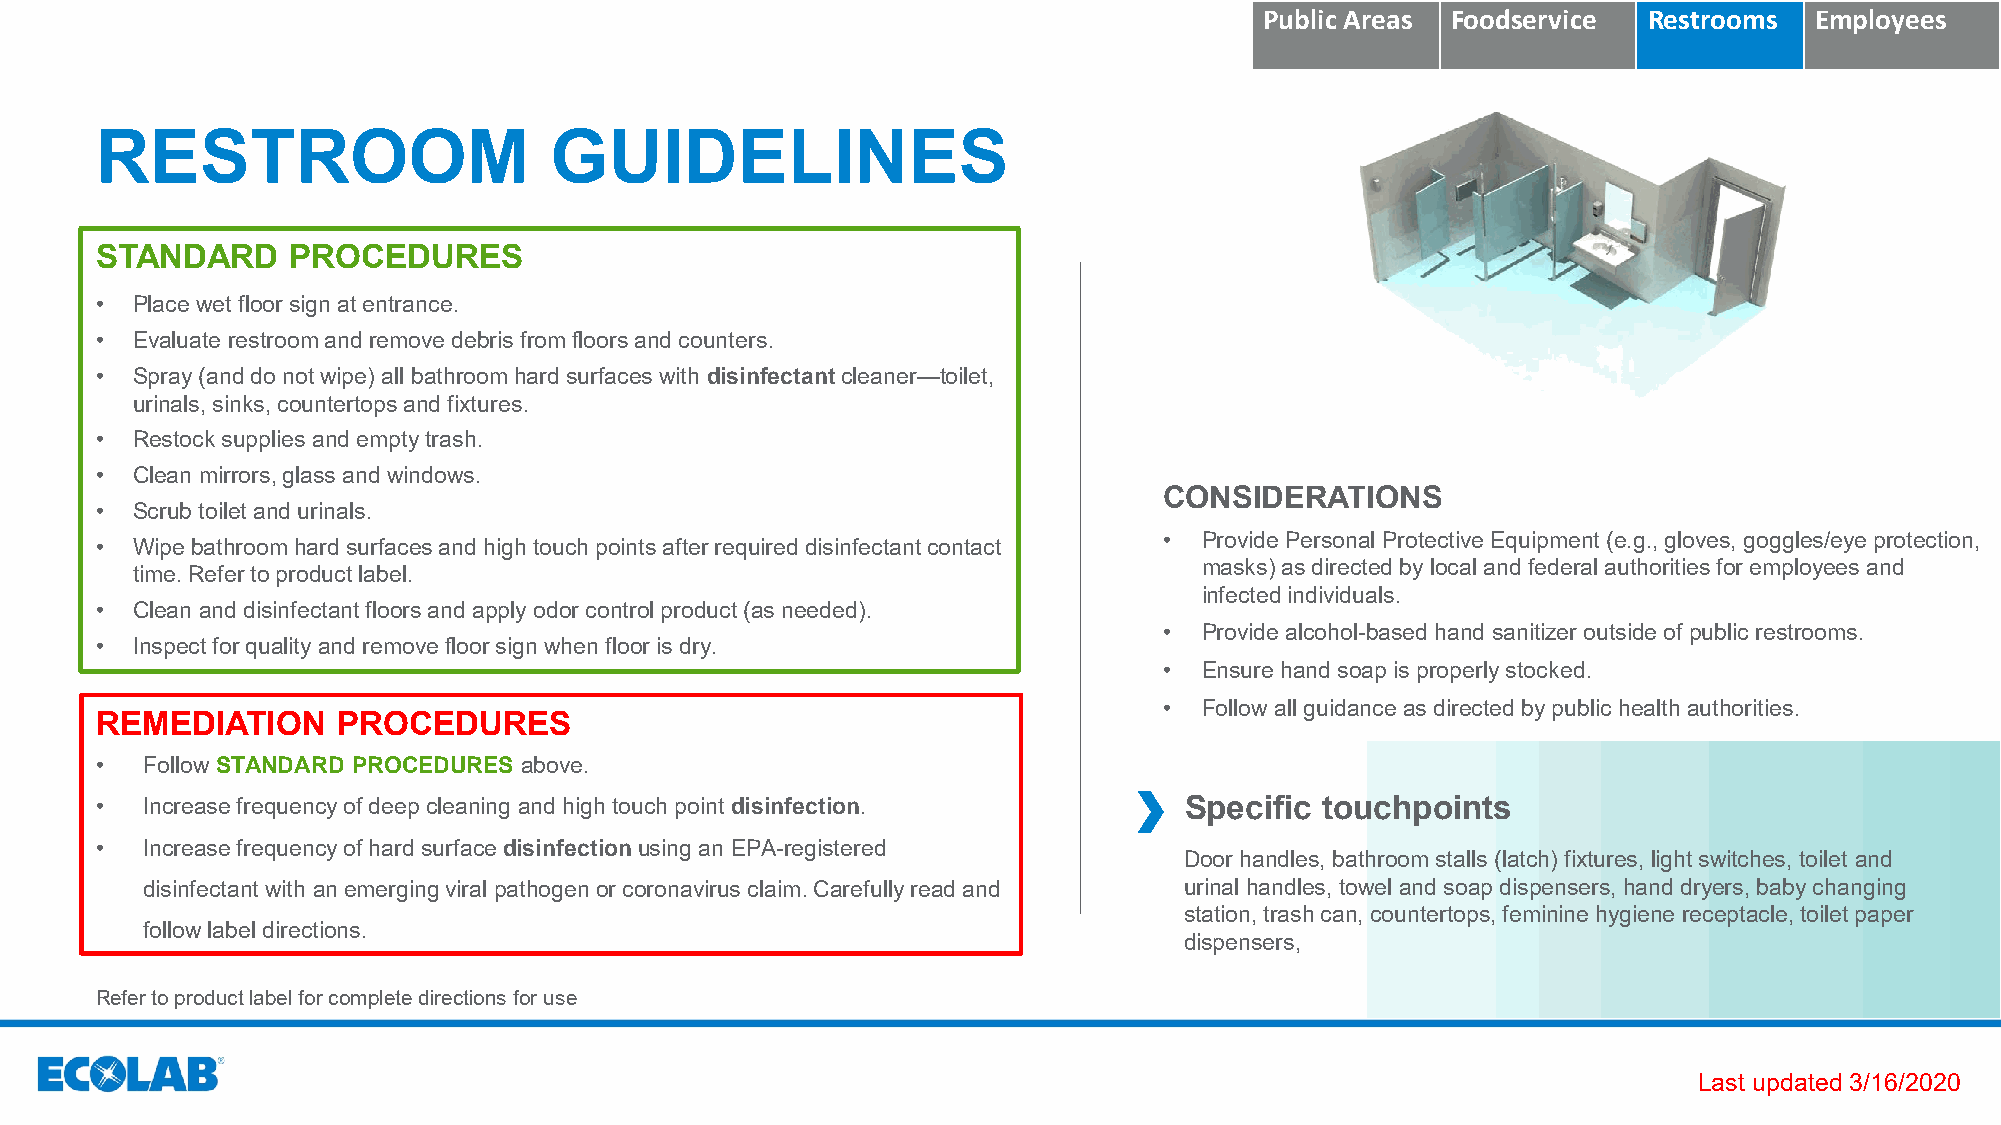
Public Areas Foodservice Restrooms  Employees
 RESTROOM                      GUIDELINES
 STANDARD     PROCEDURES
 •  Place wet floor sign at entrance.
 •  Evaluate restroom and remove debris from floors and counters.
 •  Spray (and do not wipe) all bathroom hard surfaces with disinfectantcleaner—toilet,
 urinals, sinks, countertops and fixtures.
 •  Restock supplies and empty trash.
 •  Clean mirrors, glass and windows.
 CONSIDERATIONS
 •  Scrub toilet and urinals.
 •  Provide Personal Protective Equipment (e.g., gloves, goggles/eye protection,
 •  Wipe bathroom hard surfaces and high touch points after required disinfectant contact
 masks) as directed by local and federal authorities for employees and
 time. Refer to product label.
 infected individuals.
 •  Clean and disinfectant floors and apply odor control product (as needed).
 •  Provide alcohol-based hand sanitizer outside of public restrooms.
 •  Inspect for quality and remove floor sign when floor is dry.
 •  Ensure hand soap is properly stocked.
 •  Follow all guidance as directed by public health authorities.
 REMEDIATION     PROCEDURES
 •  Follow STANDARD PROCEDURES above.
 •  Increase frequency of deep cleaning and high touch point disinfection. Specific touchpoints
 •  Increase frequency of hard surface disinfectionusing an EPA-registered
 Door handles, bathroom stalls (latch) fixtures, light switches, toilet and
 disinfectant with anemerging viral pathogen or coronavirus claim. Carefully read and urinal handles, towel and soap dispensers, hand dryers, baby changing
 station, trash can, countertops, feminine hygiene receptacle, toilet paper
 follow label directions.​
 dispensers,
 Refer to product label for complete directions for use
 Last updated 3/16/2020